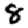
Digit: 8